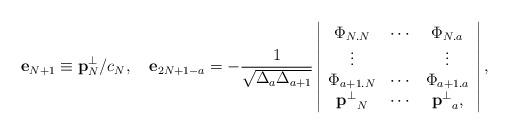
LaTeX: \begin{align*}{\bf e}_{N+1}\equiv{\bf p}^\bot_N/c_N,\quad {\bf e}_{2N+1-a}=-{1\over \sqrt{\Delta_{a} \Delta_{a+1}}}\left | \begin{array}{ccc}{\Phi}_{N.N} & \cdots & {\Phi}_{N.a} \\\vdots & & \vdots \\{\Phi}_{a+1 .N } & \cdots & {\Phi}_{a+1.a} \\{{\bf p}^\bot}_{N} & \cdots & {{\bf p}^\bot}_{a},\end{array}\right |,\end{align*}